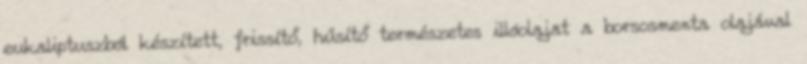
eukaliptuszból készített, frissítő, hűsítő természetes illóolajat a borsosmenta olajával